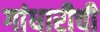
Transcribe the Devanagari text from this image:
गांधारीची